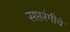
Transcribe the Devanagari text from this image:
सप्तरंगीचे